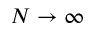
N \to \infty